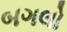
બગલો